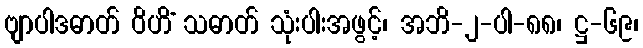
ဗျာပါဒဓာတ် ဝိဟိံ သဓာတ် သုံးပါးအဖွင့်၊ အဘိ-၂-ပါ-၈၈၊ ဋ္ဌ-၆၉၊